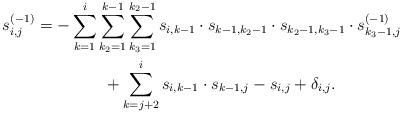
LaTeX: \begin{align*} s_{i,j}^{(-1)} & = -\sum_{k=1}^i \sum_{k_2=1}^{k-1} \sum_{k_3=1}^{k_2-1} s_{i,k-1} \cdot s_{k-1,k_2-1} \cdot s_{k_2-1,k_3-1} \cdot s_{k_3-1,j}^{(-1)} \\ & \phantom{=\sum\sum } + \sum_{k=j+2}^i s_{i,k-1} \cdot s_{k-1,j} - s_{i,j} + \delta_{i,j}. \end{align*}